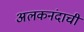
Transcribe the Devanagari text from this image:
अलकनंदाची